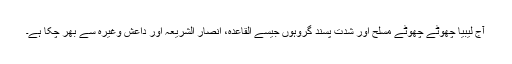
آج لیبیا چھوٹے چھوٹے مسلح اور شدت پسند گروہوں جیسے القاعدہ، انصار الشریعہ اور داعش وغیرہ سے بھر چکا ہے۔